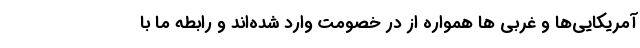
آمریکایی‌ها و غربی ها همواره از در خصومت وارد شده‌اند و رابطه ما با